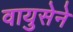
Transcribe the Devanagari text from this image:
वायुसेने